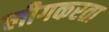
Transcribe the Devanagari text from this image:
लीगकरता